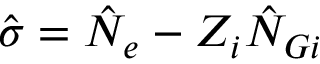
\hat { \sigma } = \hat { N } _ { e } - Z _ { i } \hat { N } _ { G i }